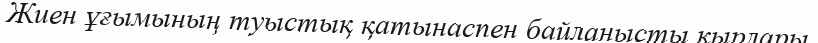
Жиен ұғымының туыстық қатынаспен байланысты қырлары